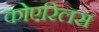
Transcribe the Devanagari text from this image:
कोएरिलस